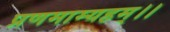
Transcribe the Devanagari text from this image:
प्रणमाम्यहम्।।